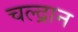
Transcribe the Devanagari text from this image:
चल्द्रान